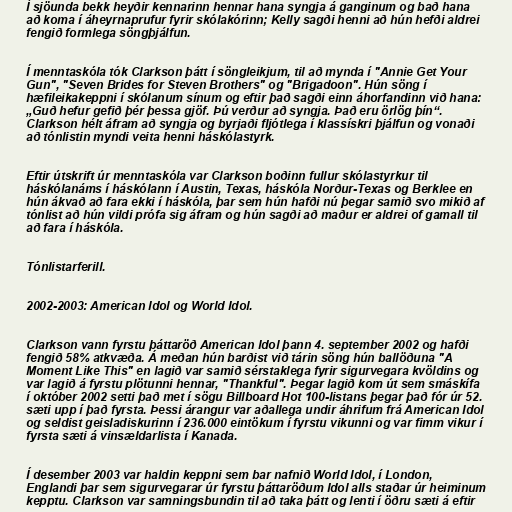
Í sjöunda bekk heyðir kennarinn hennar hana syngja á ganginum og bað hana
að koma í áheyrnaprufur fyrir skólakórinn; Kelly sagði henni að hún hefði aldrei
fengið formlega söngþjálfun.

Í menntaskóla tók Clarkson þátt í söngleikjum, til að mynda í "Annie Get Your
Gun", "Seven Brides for Steven Brothers" og "Brigadoon". Hún söng í
hæfileikakeppni í skólanum sínum og eftir það sagði einn áhorfandinn við hana:
„Guð hefur gefið þér þessa gjöf. Þú verður að syngja. Það eru örlög þín“.
Clarkson hélt áfram að syngja og byrjaði fljótlega í klassískri þjálfun og vonaði
að tónlistin myndi veita henni háskólastyrk.

Eftir útskrift úr menntaskóla var Clarkson boðinn fullur skólastyrkur til
háskólanáms í háskólann í Austin, Texas, háskóla Norður-Texas og Berklee en
hún ákvað að fara ekki í háskóla, þar sem hún hafði nú þegar samið svo mikið af
tónlist að hún vildi prófa sig áfram og hún sagði að maður er aldrei of gamall til
að fara í háskóla.

Tónlistarferill.

2002-2003: American Idol og World Idol.

Clarkson vann fyrstu þáttaröð American Idol þann 4. september 2002 og hafði
fengið 58% atkvæða. Á meðan hún barðist við tárin söng hún ballöðuna "A
Moment Like This" en lagið var samið sérstaklega fyrir sigurvegara kvöldins og
var lagið á fyrstu plötunni hennar, "Thankful". Þegar lagið kom út sem smáskífa
í október 2002 setti það met í sögu Billboard Hot 100-listans þegar það fór úr 52.
sæti upp í það fyrsta. Þessi árangur var aðallega undir áhrifum frá American Idol
og seldist geisladiskurinn í 236.000 eintökum í fyrstu vikunni og var fimm vikur í
fyrsta sæti á vinsældarlista í Kanada.

Í desember 2003 var haldin keppni sem bar nafnið World Idol, í London,
Englandi þar sem sigurvegarar úr fyrstu þáttaröðum Idol alls staðar úr heiminum
kepptu. Clarkson var samningsbundin til að taka þátt og lenti í öðru sæti á eftir